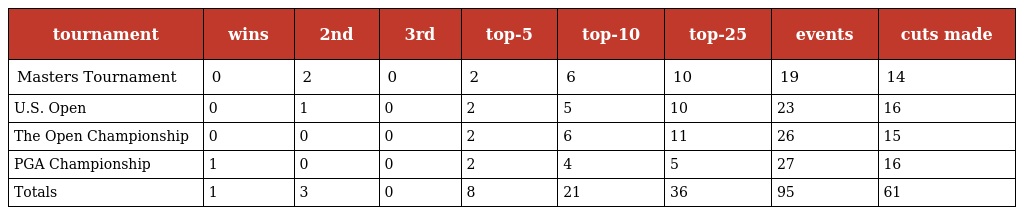
| tournament | wins | 2nd | 3rd | top-5 | top-10 | top-25 | events | cuts made |
 | --- | --- | --- | --- | --- | --- | --- | --- | --- |
 | Masters Tournament | 0 | 2 | 0 | 2 | 6 | 10 | 19 | 14 |
 | U.S. Open | 0 | 1 | 0 | 2 | 5 | 10 | 23 | 16 |
 | The Open Championship | 0 | 0 | 0 | 2 | 6 | 11 | 26 | 15 |
 | PGA Championship | 1 | 0 | 0 | 2 | 4 | 5 | 27 | 16 |
 | Totals | 1 | 3 | 0 | 8 | 21 | 36 | 95 | 61 |